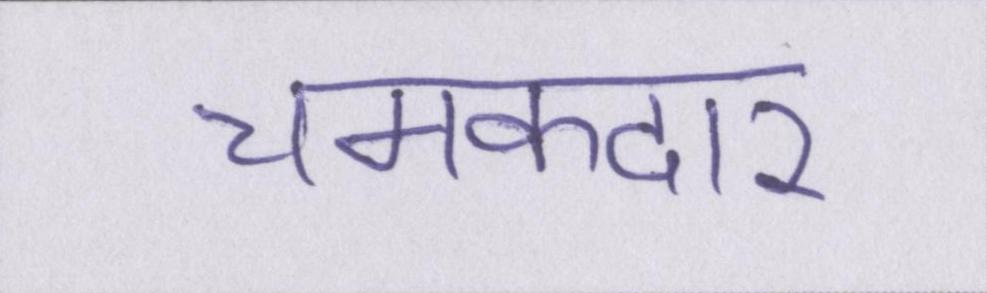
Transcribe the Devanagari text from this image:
चमकदार